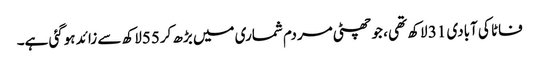
فاٹا کی آبادی 31 لاکھ تھی ، جو چھٹی مردم شماری میں بڑھ کر55لاکھ سے زائد ہوگئی ہے۔